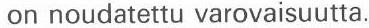
 on noudatettu varovaisuutta.